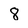
Character: 8